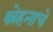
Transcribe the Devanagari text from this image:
स्नेहनाचे